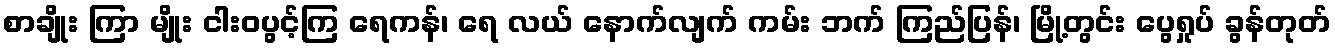
စာချိုး ကြာ မျိုး ငါးဝပွင့်ကြ ရေကန်၊ ရေ လယ် နောက်လျက် ကမ်း ဘက် ကြည်ပြန်၊ မြို့တွင်း ပွေရှုပ် ခွန်တုတ်